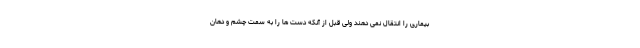
بیماری را انتقال نمی دهند ولی قبل از آنکه دست ها را به سمت چشم و دهان